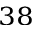
^ { 3 8 }